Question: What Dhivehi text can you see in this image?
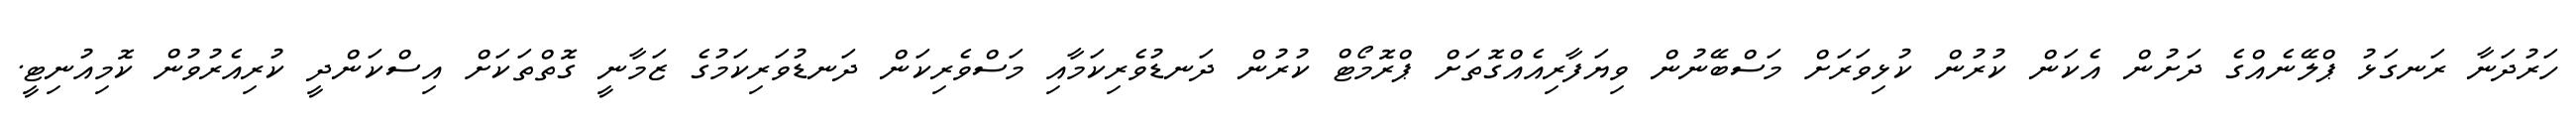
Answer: ހަރުދަނާ ރަނގަޅު ޕްލޭނެއްގެ ދަށުން އެކަން ކުރުން ކުޅިވަރަށް މަސްބޭނުން ވިޔަފާރިއެއްގޮތަށް ޕްރޮމޯޓް ކުރުން ދަނޑުވެރިކަމާއި މަސްވެރިކަން ދަނޑުވަރިކަމުގެ ޒަމާނީ ގޮތްތަކަށް އިސްކަންދީ ކުރިއެރުވުން ކޮމިއުނިޓީ.